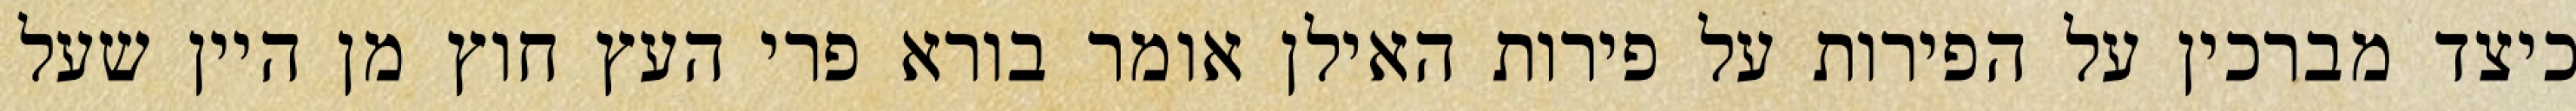
כיצד מברכין על הפירות על פירות האילן אומר בורא פרי העץ חוץ מן היין שעל